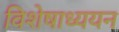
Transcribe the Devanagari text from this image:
विशेषाध्ययन